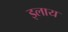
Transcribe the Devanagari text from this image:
इलाय